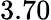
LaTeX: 3.70